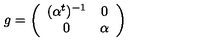
g = \left( \begin{array} { c c } { ( \alpha ^ { t } ) ^ { - 1 } } & { 0 } \\ { 0 } & { \alpha } \\ \end{array} \right)